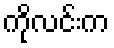
ကိုလင်းက